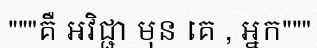
"""គឺ អវិជ្ជា មុន គេ , អ្នក"""